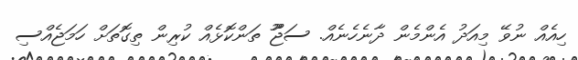
ހިއެއް ނުވޭ މިއަދު އެންމެން ދާނެހެނެއް. ސަޖޫޫ ތަންކޮޅެއް ކުރިން ތިގޮތަށް ހަމަޖެއްސި